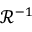
\mathcal { R } ^ { - 1 }